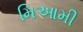
મિઆમી